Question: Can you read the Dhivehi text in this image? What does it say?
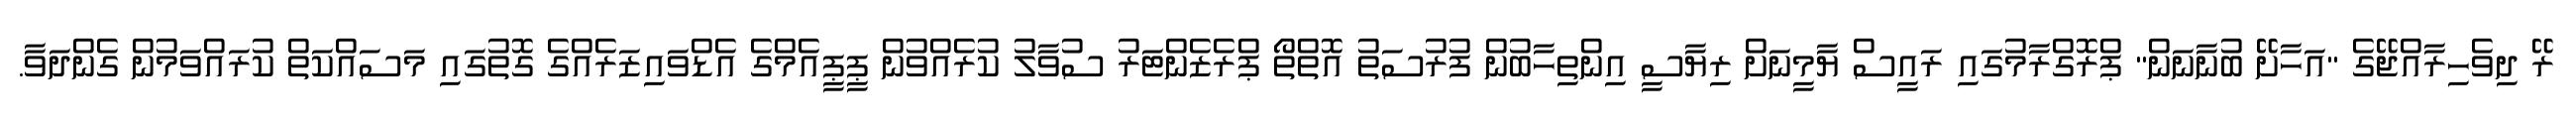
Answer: ރޭ ދިވެހިރާއްޖޭގެ "އަހާށޭ ބުނާނަން" ޕްރޮގްރާމުގައި ރައީސް ޔާމީނަށް ރިޔާސީ އިންތިހާބުން ފުރުސަތު އޮތްތޯ ޕްރެޒެންޓަރު ސުވާލު ކުރެއްވުން ޕީޕީއެމްގެ އެޑްވައިޒަރެއްގެ ގޮތުގައި މަސައްކަތް ކުރައްވަމުން ގެންދަވާ.